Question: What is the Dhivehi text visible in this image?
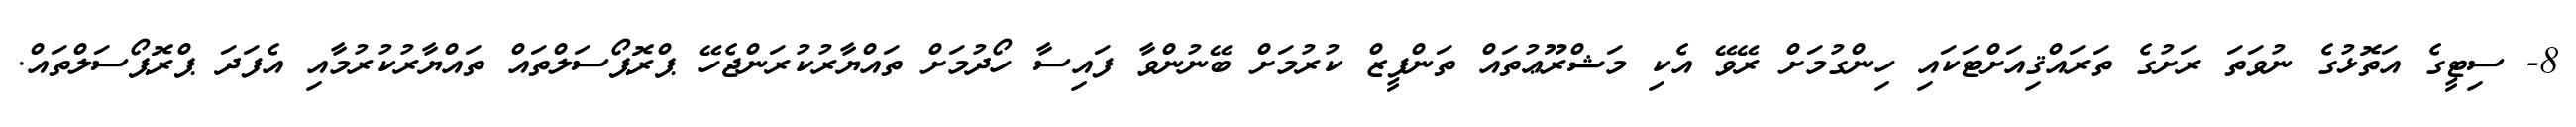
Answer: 8- ސިޓީގެ އަތޮޅުގެ ނުވަތަ ރަށުގެ ތަރައްޤިއަށްޓަކައި ހިންގުމަށް ރޭވޭ އެކި މަޝްރޫޢުތައް ތަންފީޒް ކުރުމަށް ބޭނުންވާ ފައިސާ ހޯދުމަށް ތައްޔާރުކުރަންޖެހޭ ޕްރޮޕޯސަލްތައް ތައްޔާރުކުރުމާއި އެފަދަ ޕްރޮޕޯސަލްތައް.